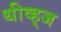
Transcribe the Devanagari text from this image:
थीव्ह्‌ज